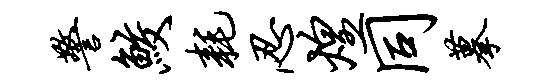
警鲛耗忍煌同摹